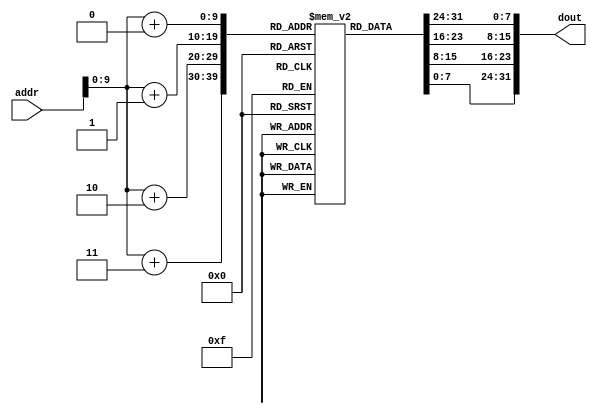
module im (addr,dout);                // 8*1024
    input  [11:0] addr;               //  address bus
    output [31:0] dout;               // 32-bit memory output

    reg    [7:0] rom [1023:0];
    
    //assign dout = {rom[addr+3],rom[addr+2],rom[addr+1],rom[addr+0]};
    assign dout = {rom[addr+0],rom[addr+1],rom[addr+2],rom[addr+3]};
    //no need to sub 3000H 
endmodule